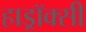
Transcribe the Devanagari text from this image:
हाड्रॉक्सी